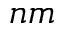
n m